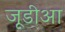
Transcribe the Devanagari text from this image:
जूडीआ